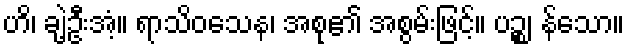
ဟိ၊ ချဲ့ဦးအံ့။ ရာသိဝသေန၊ အစု၏ အစွမ်းဖြင့်။ ပဉ္စ၊ န်သော။